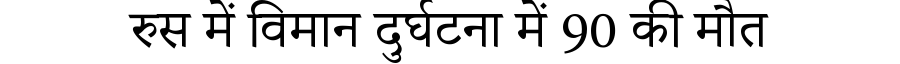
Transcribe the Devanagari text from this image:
रुस में विमान दुर्घटना में 90 की मौत